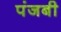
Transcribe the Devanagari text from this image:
पंजबी